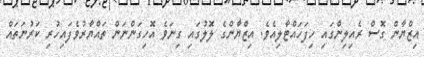
އިޒްޔާން ގޮސް ރެއިލިންގައި ހިފަހައްޓާލިއެވެ. އިޒްޔާންގެ ލޮލުގައި ގިނަވެ އޮހިގަންނަން ތައްޔާރުވެފައިހުރި ކަރުނަތައް